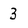
Character: 3